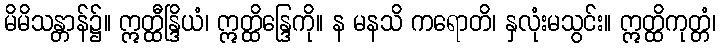
မိမိသန္တာန်၌။ ဣတ္ထီန္ဒြိယံ၊ ဣတ္ထိန္ဒြေကို။ န မနသိ ကရောတိ၊ နှလုံးမသွင်း။ ဣတ္ထိကုတ္တံ၊